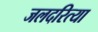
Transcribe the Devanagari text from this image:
जलदरित्या